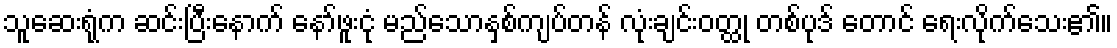
သူဆေးရုံက ဆင်းပြီးနောက် နော်ဖူးငုံ မည်သောနှစ်ကျပ်တန် လုံးချင်းဝတ္ထု တစ်ပုဒ် တောင် ရေးလိုက်သေး၏။